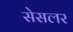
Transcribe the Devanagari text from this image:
सेसलर